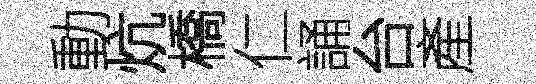
動炕橋仁誦台產